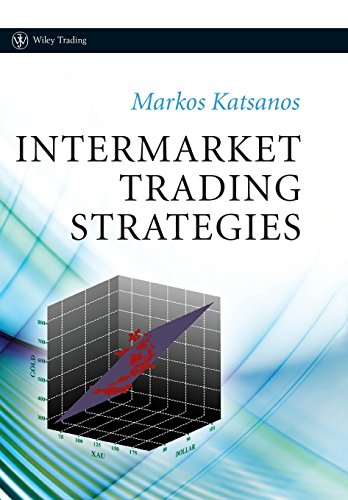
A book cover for Intermarket Trading Strategies; Markos Katsanos; Business & Money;